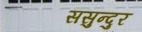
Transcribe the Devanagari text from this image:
ससुन्दुर